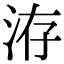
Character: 洊